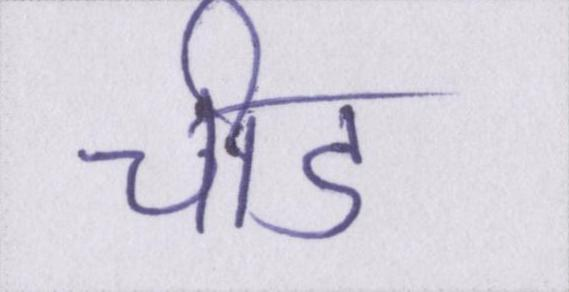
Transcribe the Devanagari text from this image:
चीड